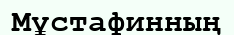
Мұстафинның